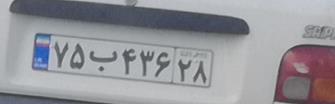
۷۵ب۴۳۶۲۸